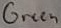
Text: Green